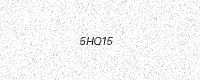
Text: 5HQ15